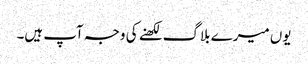
یوں میرے بلاگ لکھنے کی وجہ آپ ہیں۔